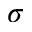
\sigma